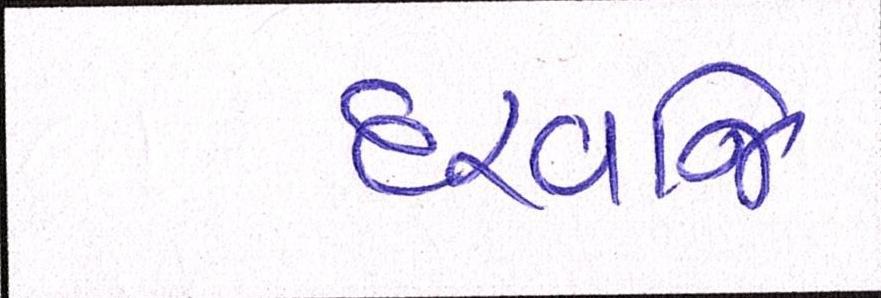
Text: દરવાજે